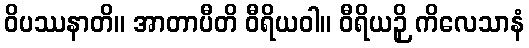
ဝိပဿနာတိ။ အာတာပီတိ ဝီရိယဝါ။ ဝီရိယဉှိ ကိလေသာနံ